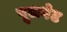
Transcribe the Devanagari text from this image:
पूलगेट